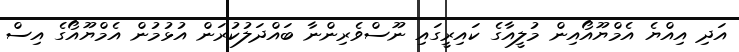
އަދި އިއްޔެ އެމްޔޫއޯއިން މުލީއާގެ ކައިރީގައި ނޫސްވެރިންނާ ބައްދަލުކުރަން އުޅުމުން އެމްޔޫއޯގެ އިސް